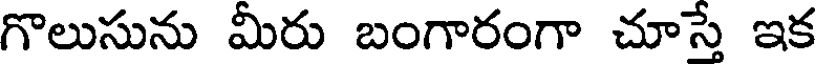
గొలుసును మీరు బంగారంగా చూస్తే ఇక